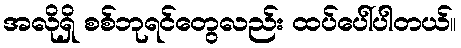
အလိုရှိ စစ်ဘုရင်တွေလည်း ထပ်ပေါ်ပါတယ်။